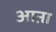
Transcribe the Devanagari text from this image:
आऩा